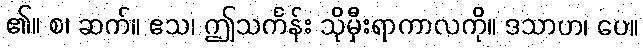
၏။ စ၊ ဆက်။ ဧသ၊ ဤသင်္ကန်း သိုမှီးရာကာလကို။ ဒသာဟ၊ ပေ။